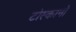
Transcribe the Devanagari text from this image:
टोस्कानो